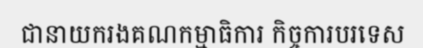
ជានាយករងគណកម្មាធិការ កិច្ចការបរទេស